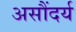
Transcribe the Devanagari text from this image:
असौंदर्य